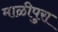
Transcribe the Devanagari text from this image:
माळीपुरा